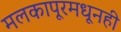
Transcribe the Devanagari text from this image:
मलकापूरमधूनही